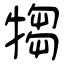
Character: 犓